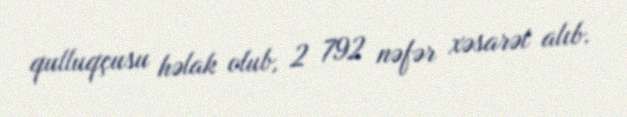
qulluqçusu həlak olub, 2 792 nəfər xəsarət alıb.